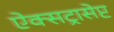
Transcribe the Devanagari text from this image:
ऐक्सट्रासेप्ट